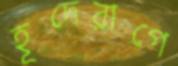
হূদেরাগে